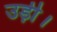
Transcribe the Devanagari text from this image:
उड़ी।